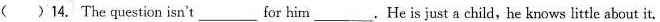
（）14. The question isn't ___ for him ___ .He is just a child, he knows little about it.